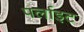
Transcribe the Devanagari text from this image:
पर्लाइट